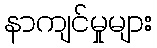
နာကျင်မှုများ